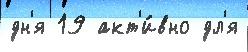
дн'я 19 акт'и́вно дл'я